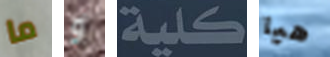
ما و كلية هيا